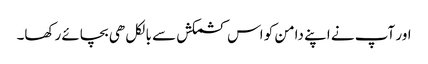
اور آپ نے اپنے دامن کو اس کشمکش سے بالکل ھی بچائے رکھا۔